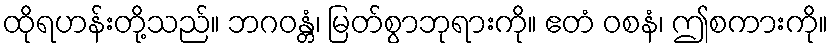
ထိုရဟန်းတို့သည်။ ဘဂဝန္တံ၊ မြတ်စွာဘုရားကို။ ဧတံ ဝစနံ၊ ဤစကားကို။